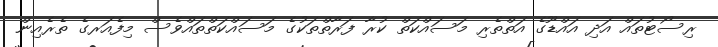
ރިސޯޓުތައް އަދި އައްޑޫގެ އަތްތެރި މަސައްކަތް ކުރާ ފަރާތްތަކުގެ މަސައްކަތްތައްވެސް މިފެއަރގެ ތެރެއިން